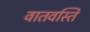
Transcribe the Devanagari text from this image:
वातवस्ति